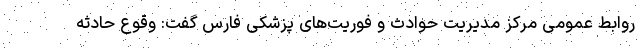
روابط عمومی مرکز مدیریت حوادث و فوریت‌های پزشکی فارس گفت: وقوع حادثه